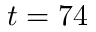
t = 7 4